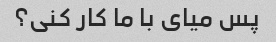
پس میای با ما کار کنی؟